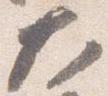
大